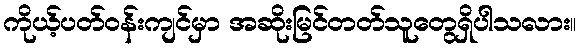
ကိုယ့်ပတ်ဝန်းကျင်မှာ အဆိုးမြင်တတ်သူတွေရှိပါသလား။